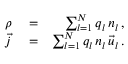
\begin{array} { r l r } { \rho } & { { } = } & { \sum _ { l = 1 } ^ { N } q _ { l } \, n _ { l } \, , } \\ { \vec { j } } & { { } = } & { \sum _ { l = 1 } ^ { N } q _ { l } \, n _ { l } \, \vec { u } _ { l } \, . } \end{array}